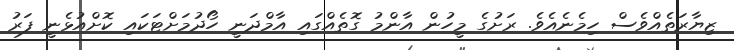
ޒިޔާރަތެއްވެސް ހިމެނެއެވެ. ރަށުގެ މީހުން އާންމު ގޮތެއްގައި އާމްދަނީ ހޯދުމަށްޓަކައި ކޮށްއުޅެނީ ފަރު